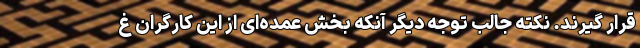
قرار گیرند. نکته جالب توجه دیگر آنکه بخش عمده‌ای از این کارگران غ